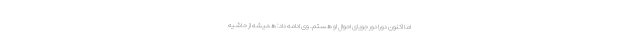
اما اکنون دورا دور جویای احوال او هستم. وی ادامه داد: همیشه از حاشیه